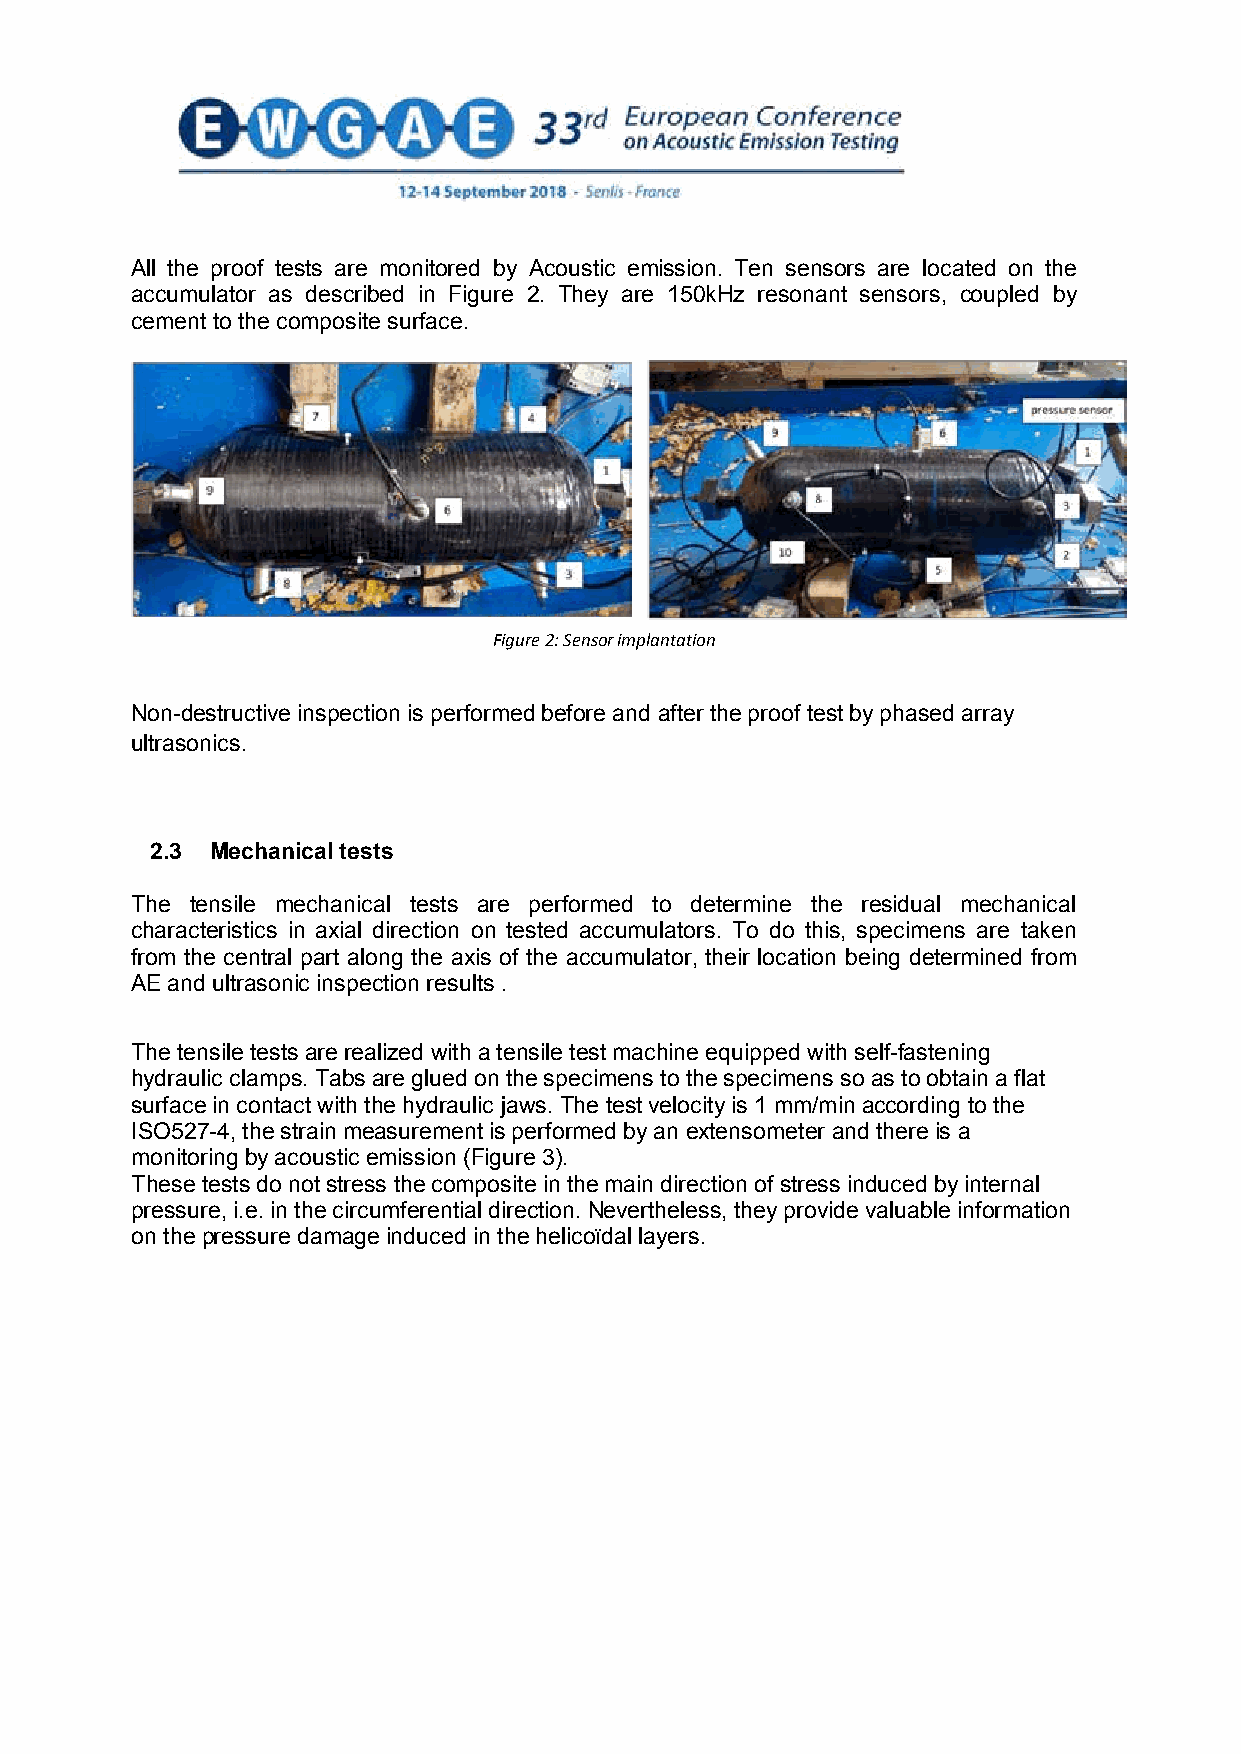
All the proof tests are monitored by Acoustic emission. Ten sensors are located on the
 accumulator as described in Figure 2. They are 150kHz resonant sensors, coupled by
 cement to the composite surface.
 Figure 2: Sensor implantation
 Non-destructive inspection is performed before and after the proof test by phased array
 ultrasonics.
 2.3 Mechanical tests
 The tensile mechanical tests are performed to determine the residual mechanical
 characteristics in axial direction on tested accumulators. To do this, specimens are taken
 from the central part along the axis of the accumulator, their location being determined from
 AE and ultrasonic inspection results .
 The tensile tests are realized with a tensile test machine equipped with self-fastening
 hydraulic clamps. Tabs are glued on the specimens to the specimens so as to obtain a flat
 surface in contact with the hydraulic jaws. The test velocity is 1 mm/min according to the
 ISO527-4, the strain measurement is performed by an extensometer and there is a
 monitoring by acoustic emission (Figure 3).
 These tests do not stress the composite in the main direction of stress induced by internal
 pressure, i.e. in the circumferential direction. Nevertheless, they provide valuable information
 on the pressure damage induced in the helicoïdal layers.
 3